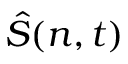
\hat { S } ( n , t )